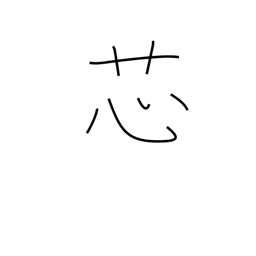
Meaning: wick